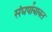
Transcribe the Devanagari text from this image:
संघर्षाबाबत